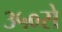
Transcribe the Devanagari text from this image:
३५०से